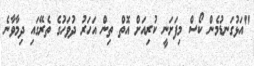
"އަޅުގަނޑުމެން ކޯސް މިފަށަނީ ކުރިއަށް އޮތް ތިން އަހަރު ދުވަހުގެ ތެރޭގައި ދިމާވާނެ